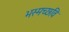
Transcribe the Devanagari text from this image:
भस्मच्छवि